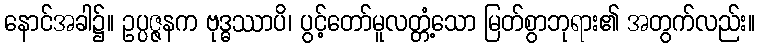
နောင်အခါ၌။ ဥပ္ပဇ္ဇနက ဗုဒ္ဓဿာပိ၊ ပွင့်တော်မူလတ္တံ့သော မြတ်စွာဘုရား၏ အတွက်လည်း။